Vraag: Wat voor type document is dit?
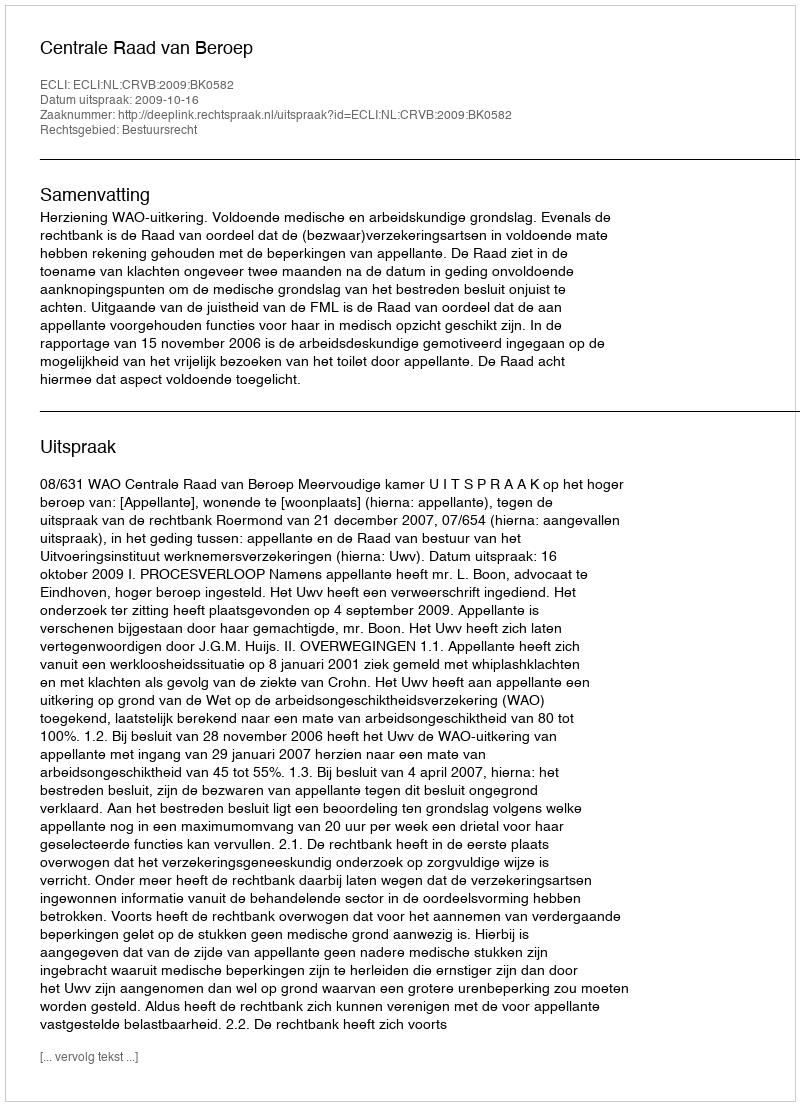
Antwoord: Uitspraak